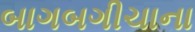
બાગબગીચાના